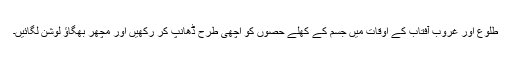
طلوع اور غروب آفتاب کے اوقات میں جسم کے کھلے حصوں کو اچھی طرح ڈھانپ کر رکھیں اور مچھر بھگاؤ لوشن لگائیں۔